Lunatic asylums Bombay report 1891-1903 - 1891-1903
Year: 1891
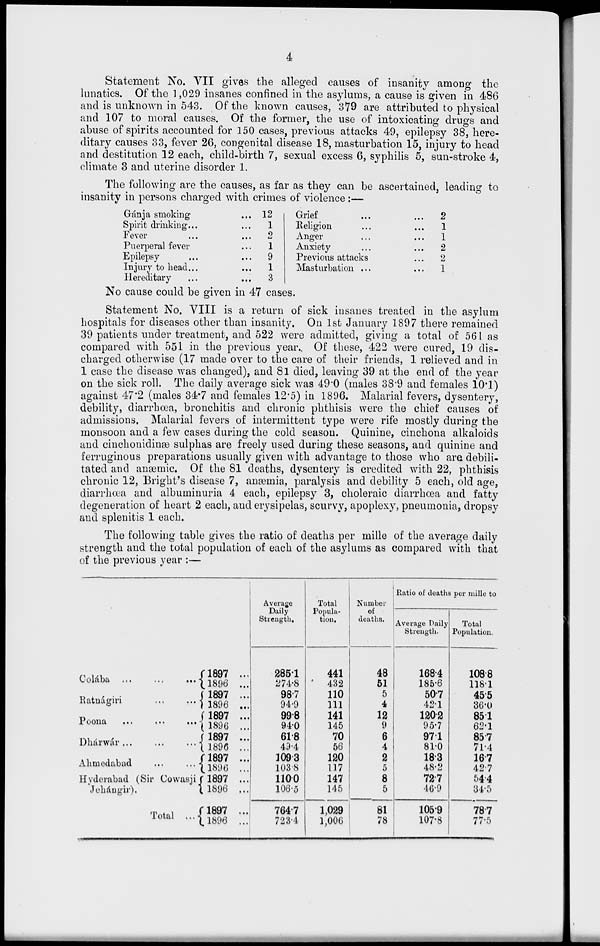
4
Statement No. VII gives the alleged causes of insanity among the
lunatics. Of the 1,029 insanes confined in the asylums, a cause is given in 486
and is unknown in 543. Of the known causes, 379 are attributed to physical
and 107 to moral causes. Of the former, the use of intoxicating drugs and
abuse of spirits accounted for 150 cases, previous attacks 49, epilepsy 38, here-
ditary causes 33, fever 26, congenital disease 18, masturbation 15, injury to head
and destitution 12 each, child-birth 7, sexual excess 6, syphilis 5, sun-stroke 4,
climate 3 and uterine disorder 1.
The following are the causes, as far as they can be ascertained, leading to
insanity in persons charged with crimes of violence :—
Gánja smoking ...
Spirit drinking ... ...
Fever ... ...
Puerperal fever ...
Epilepsy ... ...
Injury to head ... ...
Hereditary ... ...
12
1
2
1
9
1
3
Grief ... ...
Religion ... ...
Anger ... ...
Anxiety ... ...
Previous attacks ...
Masturbation ... ...
2
1
1
2
2
1
No cause could be given in 47 cases.
Statement No. VIII is a return of sick insanes treated in the asylum
hospitals for diseases other than insanity. On 1st January 1897 there remained
39 patients under treatment, and 522 were admitted, giving a total of 561 as
compared with 551 in the previous year. Of these, 422 were cured, 19 dis-
charged otherwise (17 made over to the care of their friends, 1 relieved and in
1 case the disease was changed), and 81 died, leaving 39 at the end of the year
on the sick roll. The daily average sick was 49.0 (males 38.9 and females 10.1)
against 47.2 (males 34.7 and females 12.5) in 1896. Malarial fevers, dysentery,
debility, diarrhœa, bronchitis and chronic phthisis were the chief causes of
admissions. Malarial fevers of intermittent type were rife mostly during the
monsoon and a few cases during the cold season. Quinine, cinchona alkaloids
and cinchonidinæ sulphas are freely used during these seasons, and quinine and
ferruginous preparations usually given with advantage to those who are debili-
tated and anæmic. Of the 81 deaths, dysentery is credited with 22, phthisis
chronic 12, Bright's disease 7, anærnia, paralysis and debility 5 each, old age,
diarrhœa and albuminuria 4 each, epilepsy 3, choleraic diarrhœa and fatty
degeneration of heart 2 each, and erysipelas, scurvy, apoplexy, pneumonia, dropsy
and splenitis 1 each.
The following table gives the ratio of deaths per mille of the average daily
strength and the total population of each of the asylums as compared with that
of the previous year :—
Colába
...
...
...
Ratnágiri ... ...
Poona
...
...
...
Dhárwár ... ... ...
Ahmedabad ... ...
Hyderabad (Sir Cowasji
Jehángir).
Total
...
1897 ...
1896 ...
1897 ...
1896 ...
1897 ...
1896 ...
1897 ...
1896 ...
1897 ...
1896 ...
1897 ...
1896 ...
1897 ...
1896 ...
Average
Daily
Strength.
285.1
274.8
98.7
94.9
99.8
94.0
61.8
49.4
109.3
103.8
110.0
106.5
764.7
723.4
Total
Popula-
tion.
441
432
110
111
141
145
70
56
120
117
147
145
1,029
1,006
Number
of
deaths.
48
51
5
4
12
9
6
4
2
5
8
5
81
78
Ratio of deaths per mille to
Average Daily
Strength.
168.4
185.6
50.7
42.1
120.2
95.7
97.1
81.0
18.3
48.2
72.7
46.9
105.9
107.8
Total
Population.
108.8
118.1
45.5
36.0
85.1
62.1
85.7
71.4
16.7
42.7
54.4
34.5
78.7
77.5